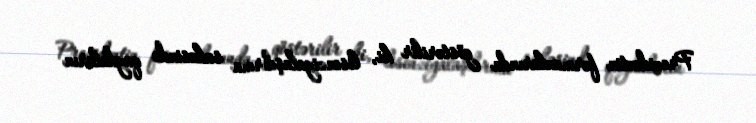
Prezidentin fərmanlarında göstərilir ki, lisenziyalaşdırma sahəsində qaydaların